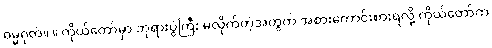
ဓမ္မဂုတ်။ ။ ကိုယ်တော်မှာ ဘုရားပွဲကြီး မလိုက်တဲ့အတွက် အစားကောင်းစားရလို့ ကိုယ်တော်က